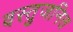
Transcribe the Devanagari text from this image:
वस्तुजनित